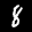
Label: 8